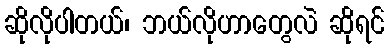
ဆိုလိုပါတယ်၊ ဘယ်လိုဟာတွေလဲ ဆိုရင်